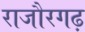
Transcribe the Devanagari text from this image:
राजौरगढ़